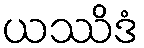
ယဿိဒံ